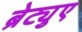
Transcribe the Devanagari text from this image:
ब्रेट्युए